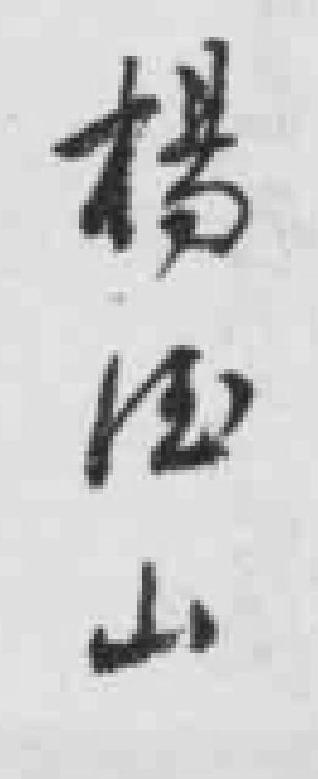
楊*山